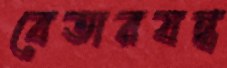
বেতারযন্ত্র